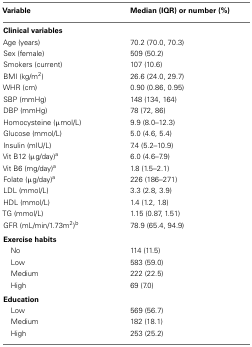
| Variable | Median (IQR) or number (%) |
 | --- | --- |
 | Clinical variables |
 | Age (years) | 70.2 (70.0, 70.3) |
 | Sex (female) | 509 (50.2) |
 | Smokers (current) | 107 (10.6) |
 | BMI (kg/m2) | 26.6 (24.0, 29.7) |
 | WHR (cm) | 0.90 (0.86, 0.95) |
 | SBP (mmHg) | 148 (134, 164) |
 | DBP (mmHg) | 78 (72, 86) |
 | Homocysteine (μmol/L) | 9.9 (8.0–12.3) |
 | Glucose (mmol/L) | 5.0 (4.6, 5.4) |
 | Insulin (mIU/L) | 7.4 (5.2–10.9) |
 | Vit B12 (μg/day)a | 6.0 (4.6–7.9) |
 | Vit B6 (mg/day)a | 1.8 (1.5–2.1) |
 | Folate (μg/day)a | 226 (186–271) |
 | LDL (mmol/L) | 3.3 (2.8, 3.9) |
 | HDL (mmol/L) | 1.4 (1.2, 1.8) |
 | TG (mmol/L) | 1.15 (0.87, 1.51) |
 | GFR (mL/min/1.73m2)b | 78.9 (65.4, 94.9) |
 | Exercise habits |
 | No | 114 (11.5) |
 | Low | 583 (59.0) |
 | Medium | 222 (22.5) |
 | High | 69 (7.0) |
 | Education |
 | Low | 569 (56.7) |
 | Medium | 182 (18.1) |
 | High | 253 (25.2) |